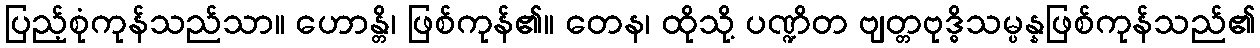
ပြည့်စုံကုန်သည်သာ။ ဟောန္တိ၊ ဖြစ်ကုန်၏။ တေန၊ ထိုသို့ ပဏ္ဍိတ ဗျတ္တဗုဒ္ဓိသမ္ပန္နဖြစ်ကုန်သည်၏